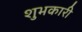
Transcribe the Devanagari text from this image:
शुभकारी